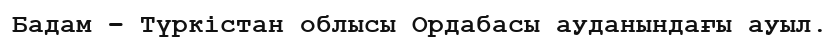
Бадам – Түркістан облысы Ордабасы ауданындағы ауыл.